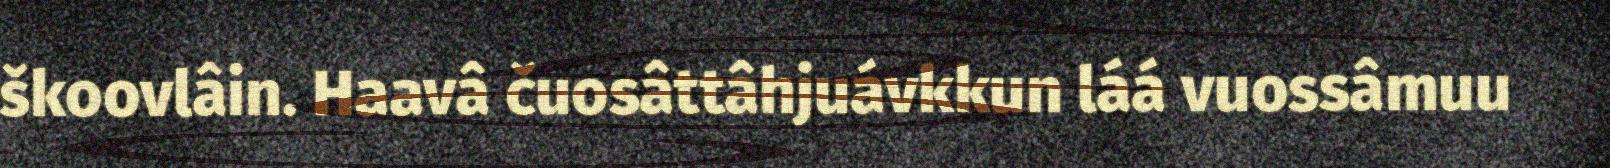
škoovlâin. Haavâ čuosâttâhjuávkkun láá vuossâmuu